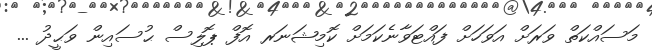
މަސައްކަތް ވަރަށް އަވަހަށް ފައްޓަވާނެކަމަށް ކޮމިޝަނަރ އޮފް ޕޮލިސް ޙުސައިން ވަޙީދު ...